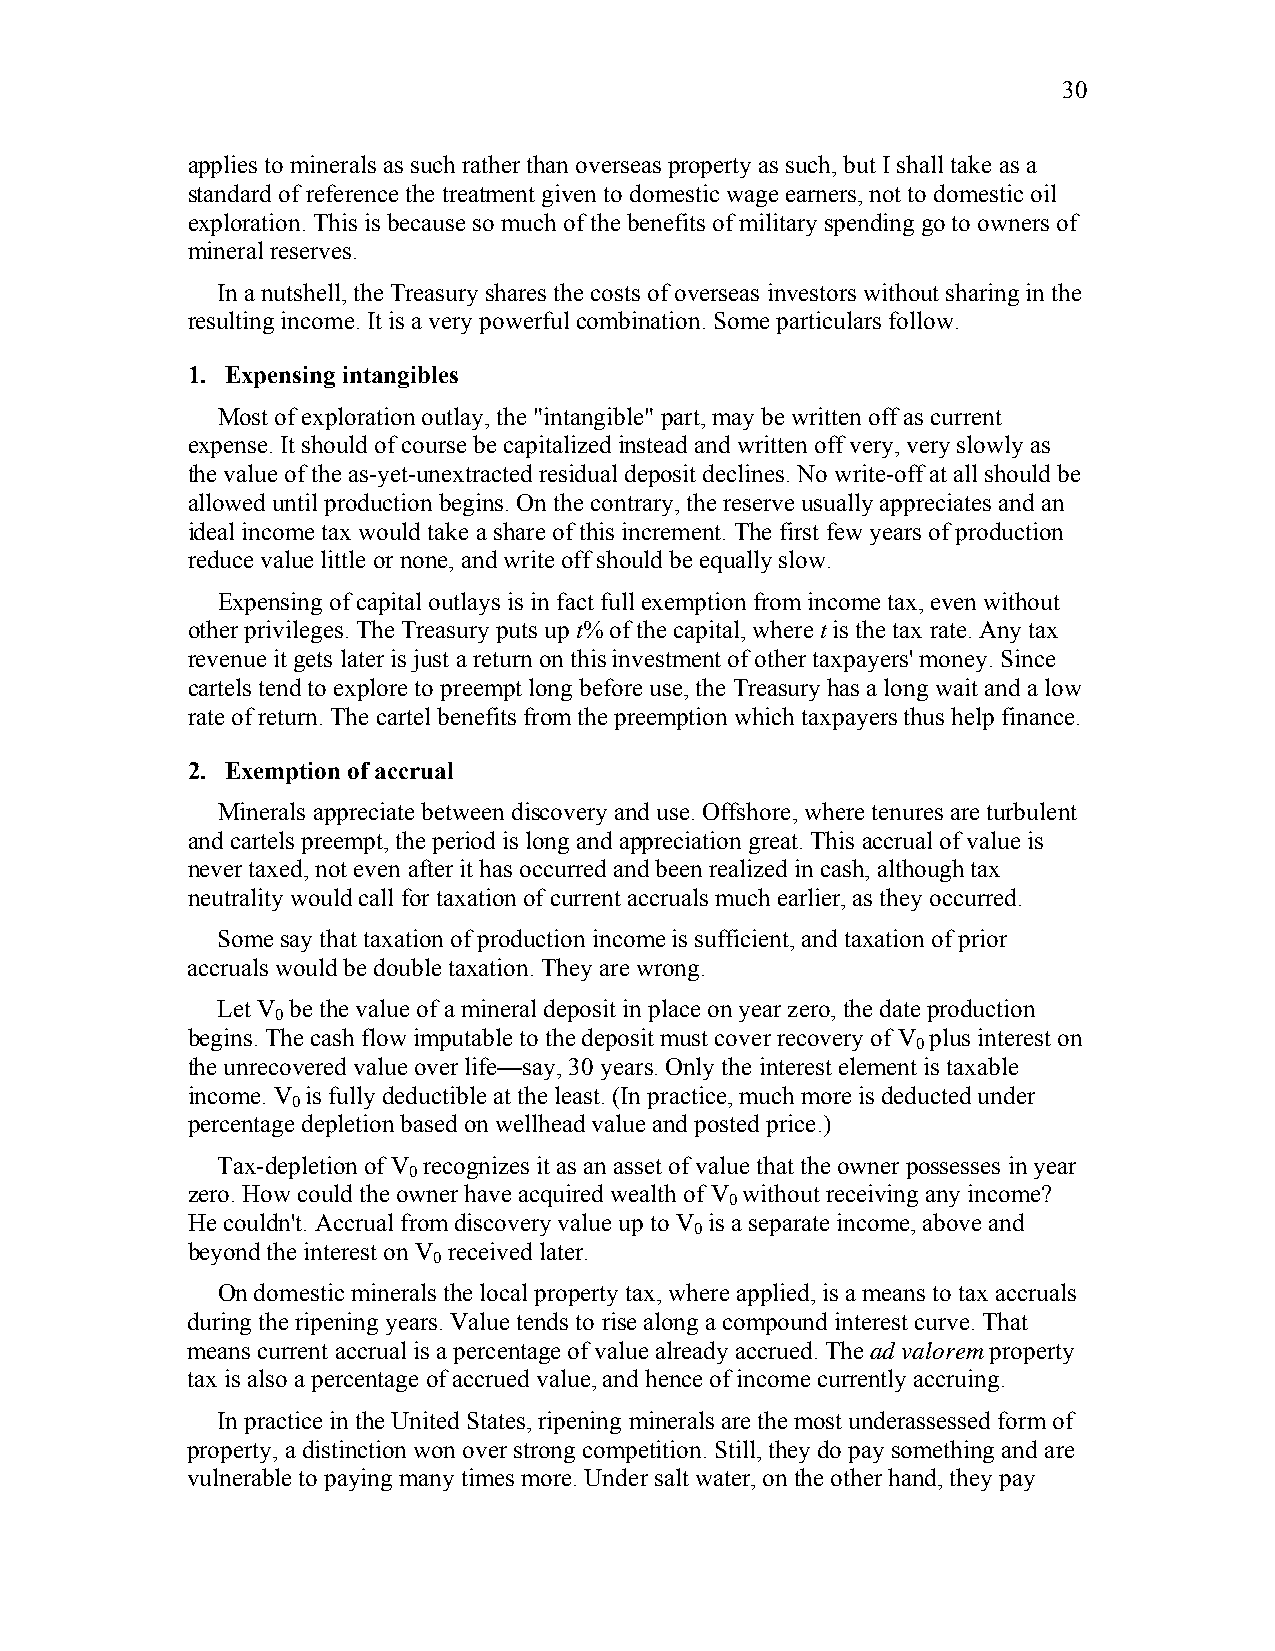
30
 applies to minerals as such rather than overseas property as such, but I shall take as a
 standard of reference the treatment given to domestic wage earners, not to domestic oil
 exploration. This is because so much of the benefits of military spending go to owners of
 mineral reserves.
 In a nutshell, the Treasury shares the costs of overseas investors without sharing in the
 resulting income. It is a very powerful combination. Some particulars follow.
 1. Expensing intangibles
 Most of exploration outlay, the "intangible" part, may be written off as current
 expense. It should of course be capitalized instead and written off very, very slowly as
 the value of the as-yet-unextracted residual deposit declines. No write-off at all should be
 allowed until production begins. On the contrary, the reserve usually appreciates and an
 ideal income tax would take a share of this increment. The first few years of production
 reduce value little or none, and write off should be equally slow.
 Expensing of capital outlays is in fact full exemption from income tax, even without
 other privileges. The Treasury puts up t% of the capital, where t is the tax rate. Any tax
 revenue it gets later is just a return on this investment of other taxpayers' money. Since
 cartels tend to explore to preempt long before use, the Treasury has a long wait and a low
 rate of return. The cartel benefits from the preemption which taxpayers thus help finance.
 2. Exemption of accrual
 Minerals appreciate between discovery and use. Offshore, where tenures are turbulent
 and cartels preempt, the period is long and appreciation great. This accrual of value is
 never taxed, not even after it has occurred and been realized in cash, although tax
 neutrality would call for taxation of current accruals much earlier, as they occurred.
 Some say that taxation of production income is sufficient, and taxation of prior
 accruals would be double taxation. They are wrong.
 Let V be the value of a mineral deposit in place on year zero, the date production
 0
 begins. The cash flow imputable to the deposit must cover recovery of V plus interest on
 0
 the unrecovered value over life—say, 30 years. Only the interest element is taxable
 income. V is fully deductible at the least. (In practice, much more is deducted under
 0
 percentage depletion based on wellhead value and posted price.)
 Tax-depletion of V recognizes it as an asset of value that the owner possesses in year
 0
 zero. How could the owner have acquired wealth of V without receiving any income?
 0
 He couldn't. Accrual from discovery value up to V is a separate income, above and
 0
 beyond the interest on V received later.
 0
 On domestic minerals the local property tax, where applied, is a means to tax accruals
 during the ripening years. Value tends to rise along a compound interest curve. That
 means current accrual is a percentage of value already accrued. The ad valorem property
 tax is also a percentage of accrued value, and hence of income currently accruing.
 In practice in the United States, ripening minerals are the most underassessed form of
 property, a distinction won over strong competition. Still, they do pay something and are
 vulnerable to paying many times more. Under salt water, on the other hand, they pay